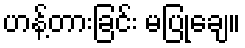
ဟန့်တားခြင်း မပြုချေ။